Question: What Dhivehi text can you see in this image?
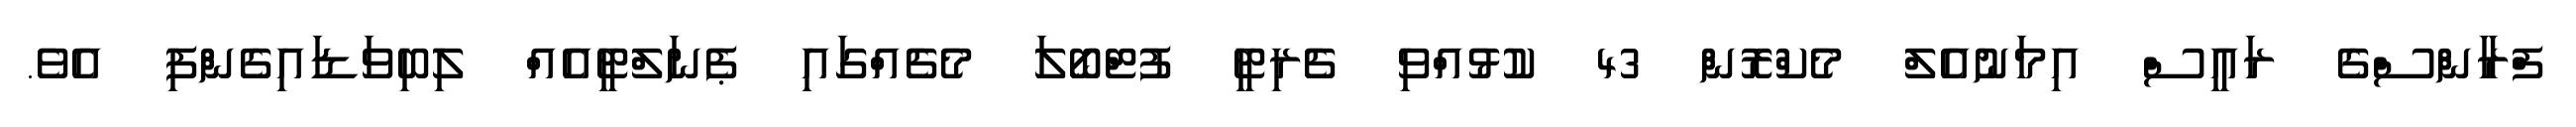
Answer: ފްރާންސްގެ ރައީސް އިމަނުއެލް މެކްރޮން 43 ކުޅުއްވި ޗެރިޓީ ފުޓްބޯލަ މެޗެއްގައި ޕެނަލްޓީއެއް ލިބިވަޑައިގެންފި އެވެ.